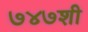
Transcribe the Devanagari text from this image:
७४७शी